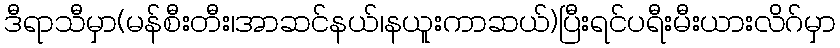
ဒီရာသီမှာ(မန်စီးတီး၊အာဆင်နယ်၊နယူးကာဆယ်)ပြီးရင်ပရီးမီးယားလိဂ်မှာ